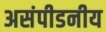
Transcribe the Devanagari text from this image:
असंपीडनीय